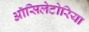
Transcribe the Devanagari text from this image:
ऑसिलेटोरिया